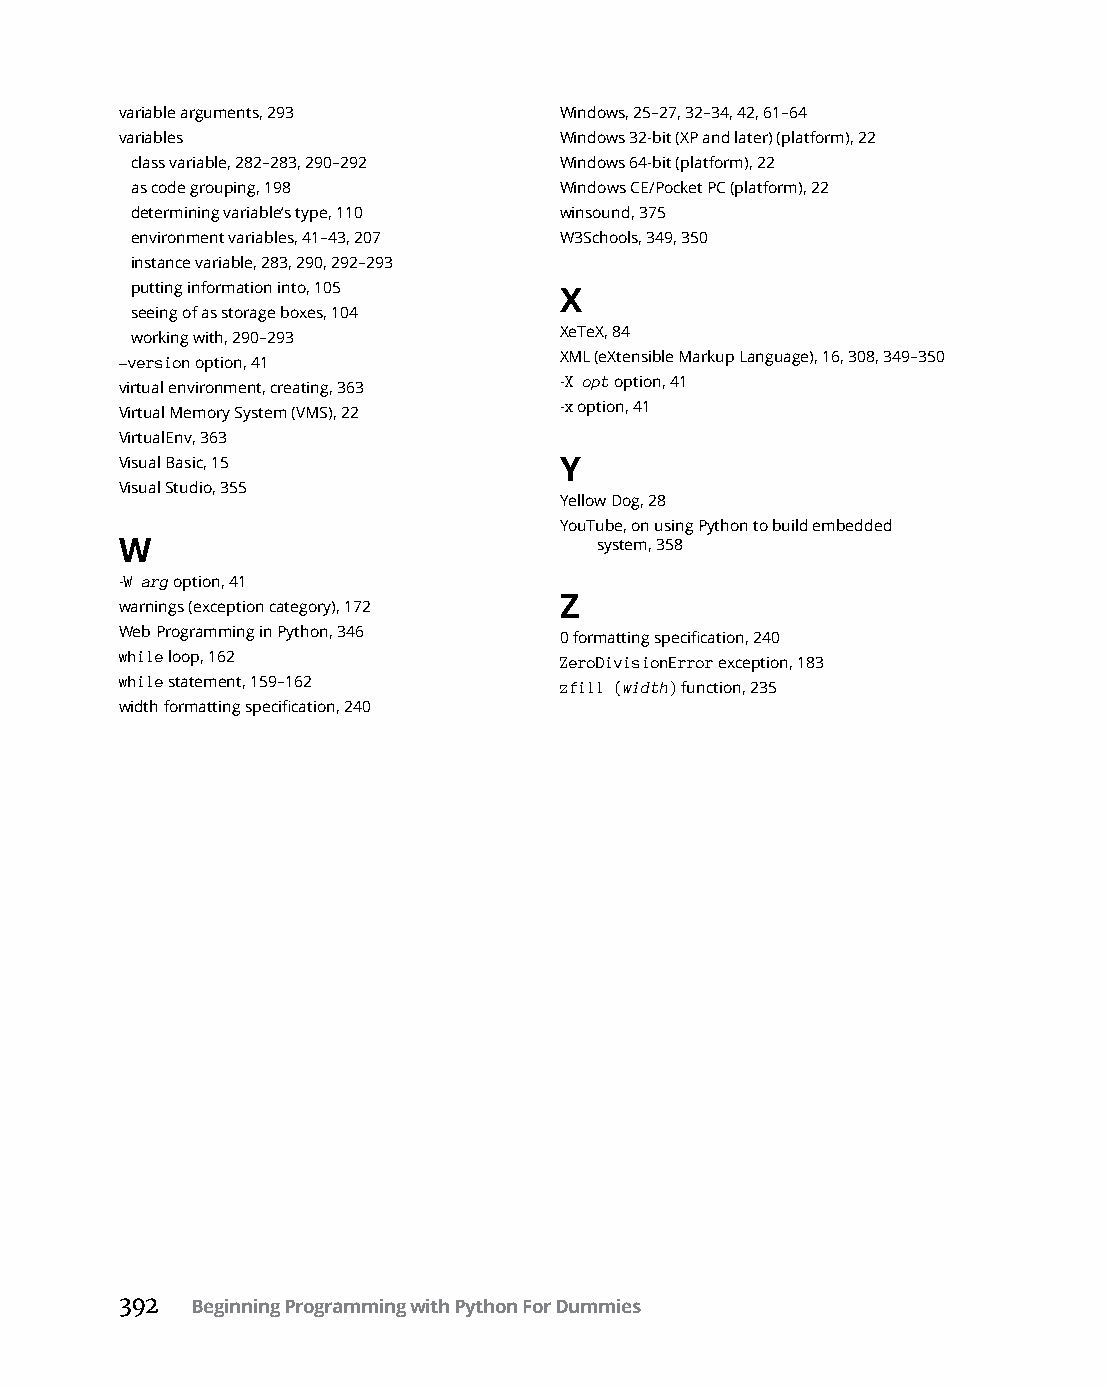
variable arguments, 293      Windows, 25–27, 32–34, 42, 61–64
 variables                    Windows 32-bit (XP and later) (platform), 22
 class variable, 282–283, 290–292 Windows 64-bit (platform), 22
 as code grouping, 198       Windows CE/Pocket PC (platform), 22
 determining variable’s type, 110 winsound, 375
 environment variables, 41–43, 207 W3Schools, 349, 350
 instance variable, 283, 290, 292–293
 putting information into, 105
 X
 seeing of as storage boxes, 104
 working with, 290–293       XeTeX, 84
 -version option, 41          XML (eXtensible Markup Language), 16, 308, 349–350
 virtual environment, creating, 363 -X opt option, 41
 Virtual Memory System (VMS), 22 -x option, 41
 VirtualEnv, 363
 Visual Basic, 15             Y
 Visual Studio, 355
 Yellow Dog, 28
 YouTube, on using Python to build embedded
 W                               system, 358
 -W arg option, 41
 warnings (exception category), 172 Z
 Web Programming in Python, 346 0 formatting specification, 240
 while loop, 162              ZeroDivisionError exception, 183
 while statement, 159–162     zfill (width) function, 235
 width formatting specification, 240
 392  Beginning Programming with Python For Dummies